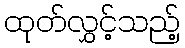
ထုတ်လွှင့်သည့်